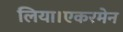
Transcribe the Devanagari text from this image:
लिया।एकरमेन